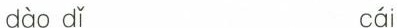
dào dǐ cái